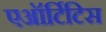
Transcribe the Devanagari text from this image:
एऑर्टिटिस